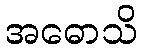
အဓောသိ